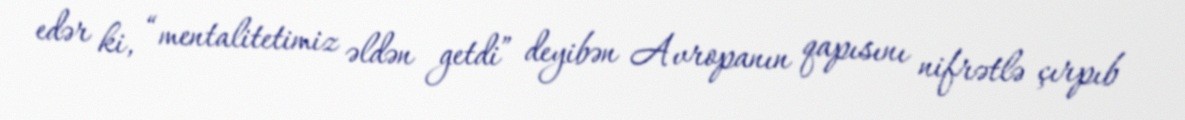
edər ki, “mentalitetimiz əldən getdi” deyibən Avropanın qapısını nifrətlə çırpıb